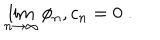
\lim _ { n \to \infty } \phi _ { n } , c _ { n } = 0 \; .